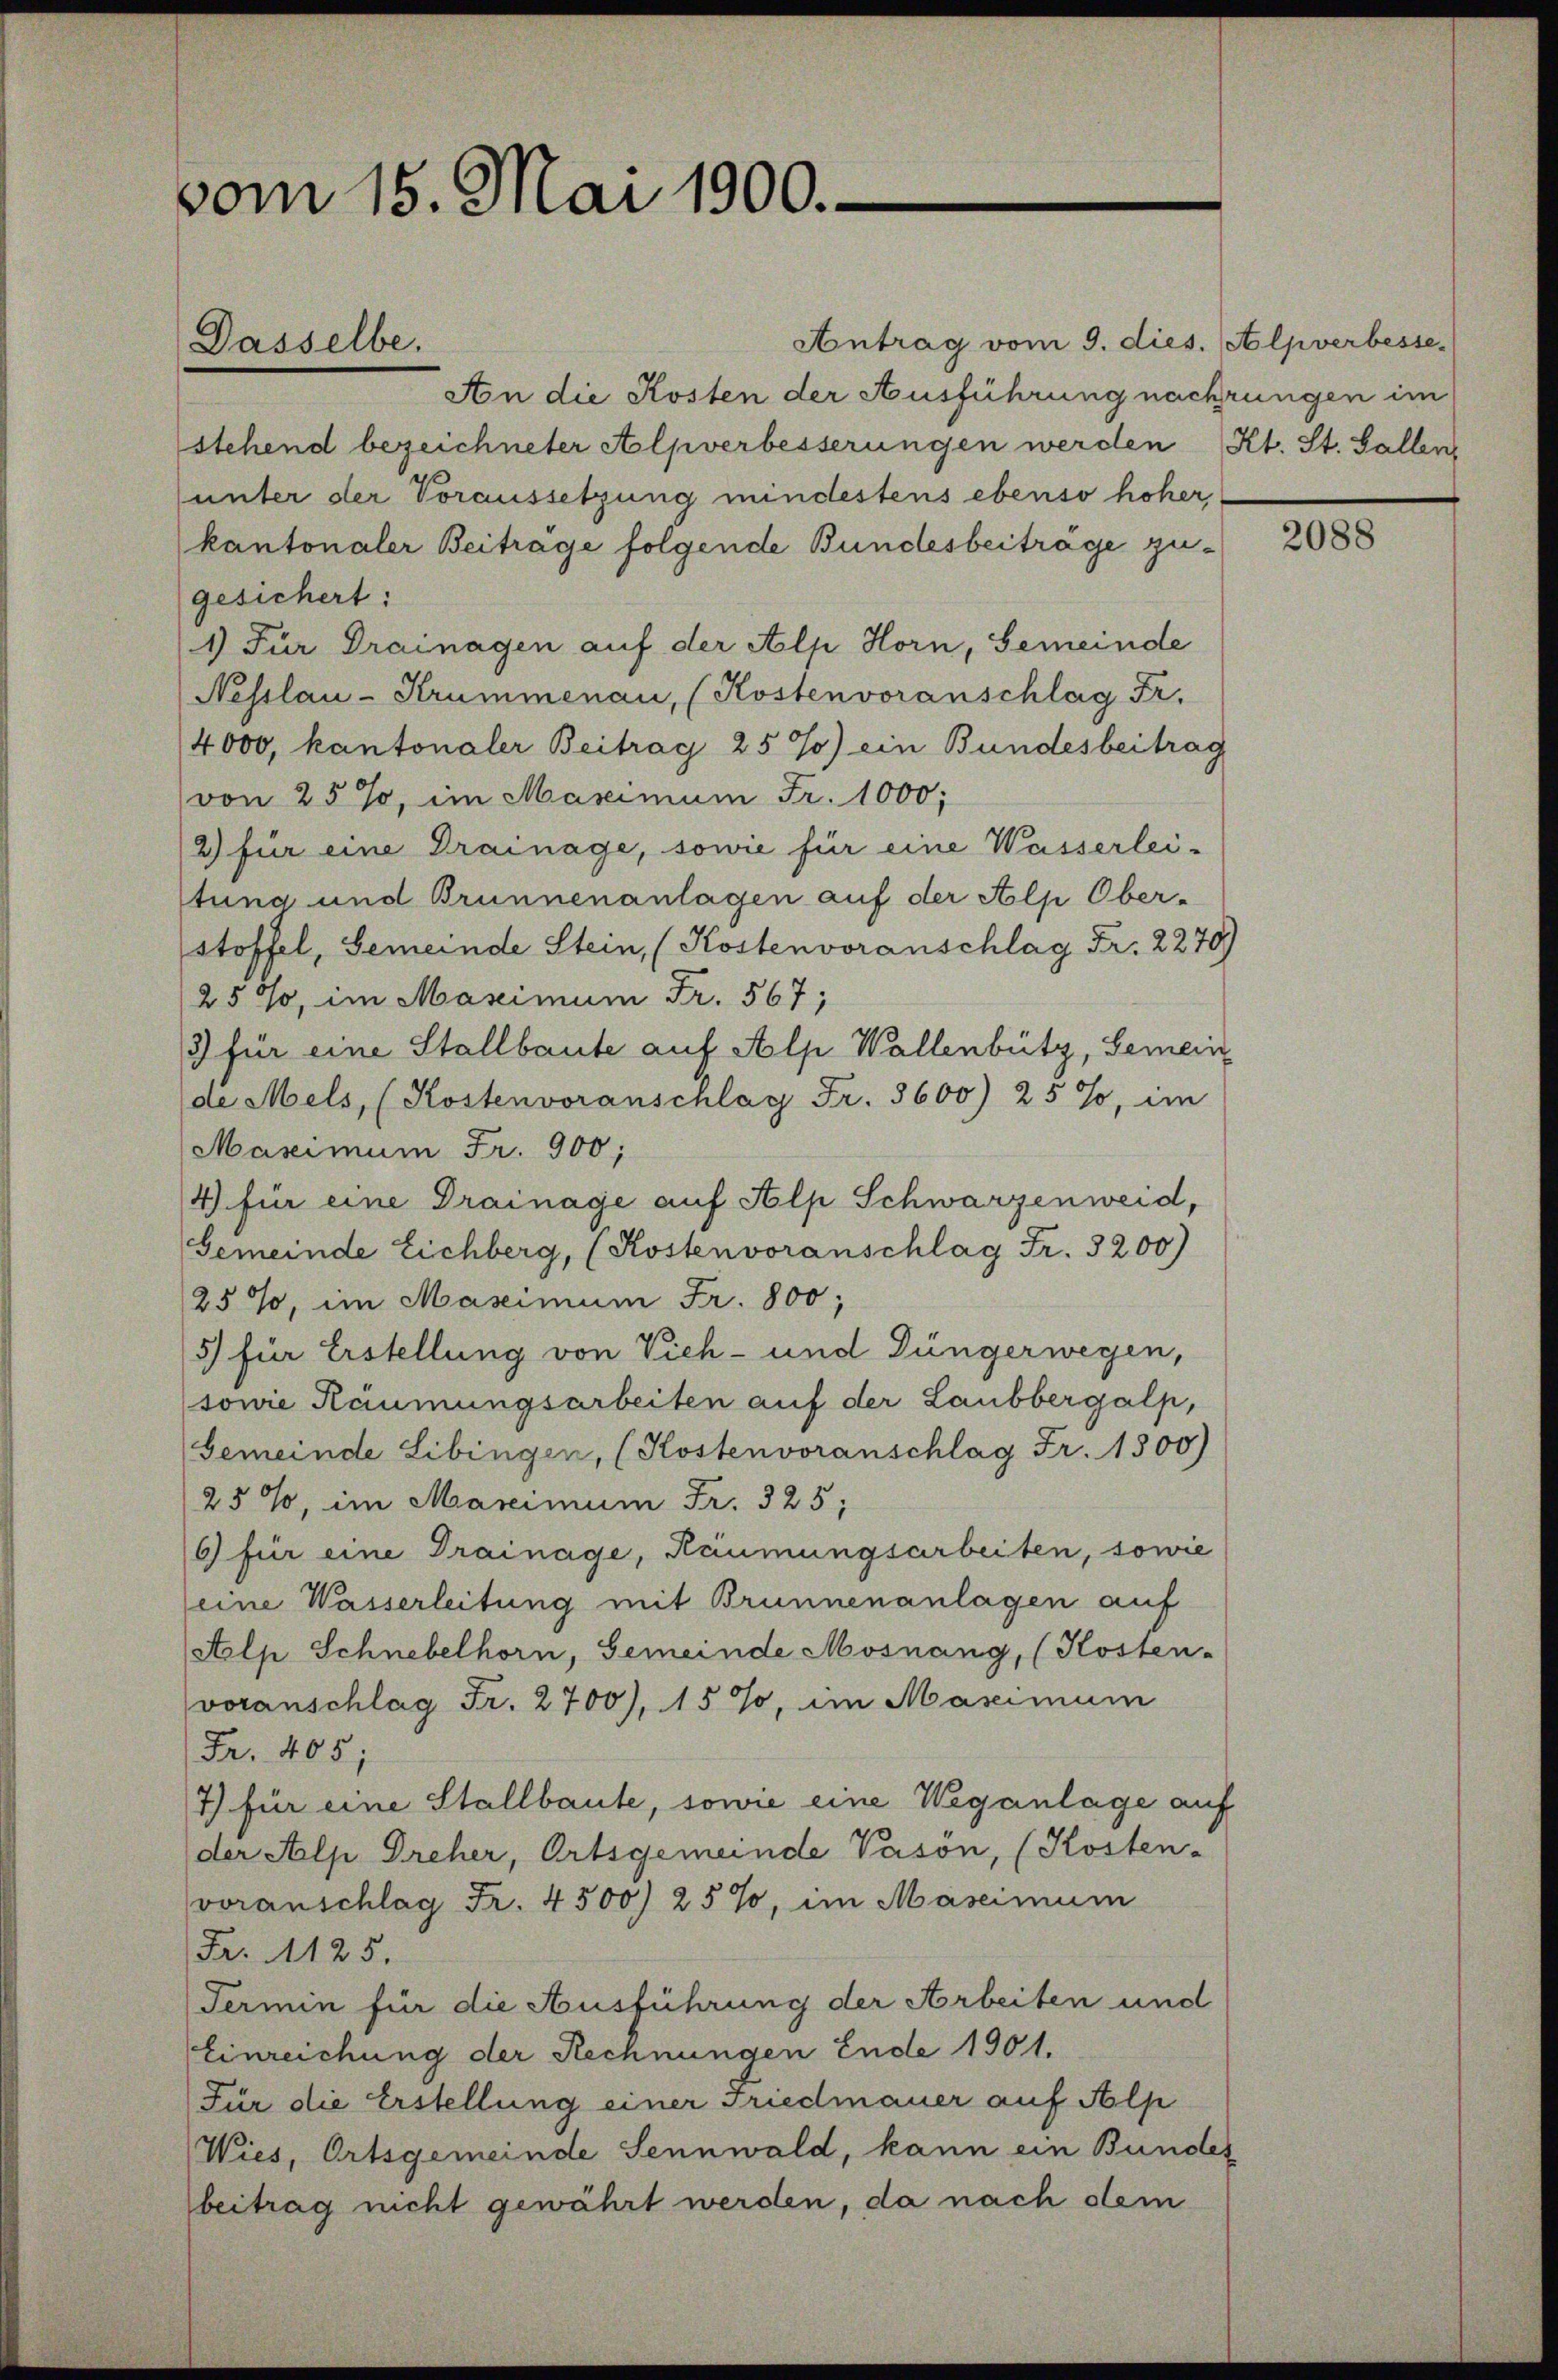
vom 15. Mai 1900.

Dasselbe.

Antrag vom 9. dies. Alpverbesse
An die Kosten der Ausführung nachrungen im
stehend bezeichneter Alpverbesserungen werden Kt. St. Gallen,
(unter der Voraussetzung mindestens ebenso hoher
kantonaler Beitrage folgende Bundesbeiträge zugesichert:
1) Für Drainagen auf der Alp Horn, Gemeinde
Nesslau -Krummenau, (Kostenvoranschlag Fr.
4000, kantonaler Beitrag 25%) ein Bundesbeitrag
von 25%, im Maximum Fr. 1000;
2) für eine Drainage, sowie für eine Wasserlei-
stung und Brunnenanlagen auf der Alp Ober-
stoffel, Gemeinde Stein, (Kostenvoranschlag Fr. 2270)
25%, im Maximum Fr. 567;
3 für eine Stallbaute auf Alp Wallenbütz, Gemein
de Mels, (Kostenvoranschlag Fr. 3600) 25%, im
Maximum Fr. 900;
4 für eine Drainage auf Alp Schwarzenweid,
Gemeinde Eichberg, (Kostenvoranschlag Fr. 3200)
25%, im Maseimum Fr. 800;
5) für Erstellung von Vieh- und Düngerwegen,
sowie Räumungsarbeiten auf der Laubbergalp,
Gemeinde Libingen, (Kostenvoranschlag Fr. 1300)
25%, im Marcimum Fr. 325;
6) für eine Trainage, Räumungsarbeiten, sowie
eine Wasserleitung mit Brunnenanlagen auf
Alp Schnebelhorn, Gemeinde Mosnang, (Kosten-
voranschlag Fr. 2700), 15%, im Maximum
Fr. 405;
7) für eine Stallbaute, sowie eine Weganlage auf
der Alp Dreher, Ortsgemeinde Vasön, (Kosten-
voranschlag Fr. 4500) 25%, im Mascimum
Fr. 125.
Termin für die Ausführung der Arbeiten und
Einreichung der Rechnungen Ende 1901.
Für die Erstellung einer Friedmauer auf Alp
Wies, Ortsgemeinde Sennwald, kann ein Bundes
beitrag nicht gewährt werden, da nach dem

2088